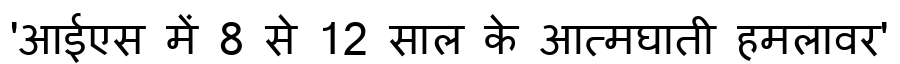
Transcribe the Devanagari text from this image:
'आईएस में 8 से 12 साल के आत्मघाती हमलावर'